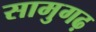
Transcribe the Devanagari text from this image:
सामुगढ़